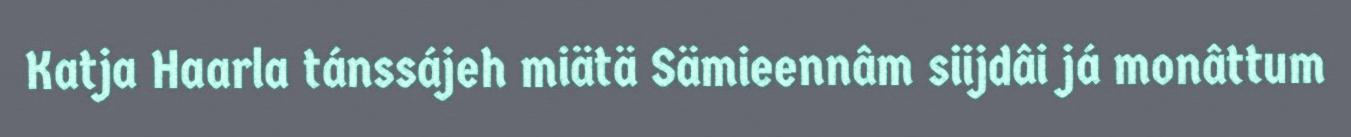
Katja Haarla tánssájeh miätä Sämieennâm siijdâi já monâttum